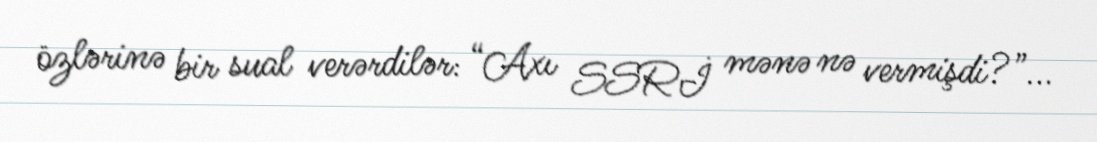
özlərinə bir sual verərdilər: “Axı SSRİ mənə nə vermişdi?”...